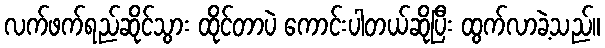
လက်ဖက်ရည်ဆိုင်သွား ထိုင်တာပဲ ကောင်းပါတယ်ဆိုပြီး ထွက်လာခဲ့သည်။